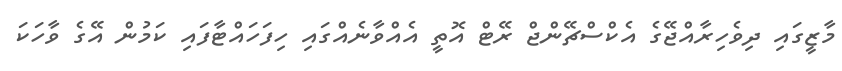
މާޒީގައި ދިވެހިރާއްޖޭގެ އެކްސްޗޭންޖް ރޭޓް އޮތީ އެއްވާނެއްގައި ހިފަހައްޓާފައި ކަމުން އޭގެ ވާހަކަ